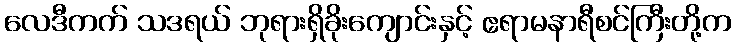
လေဒီကက် သဒရယ် ဘုရားရှိခိုးကျောင်းနှင့် ဧရာမနာရီစင်ကြီးတို့က